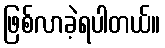
ဖြစ်လာခဲ့ရပါတယ်။